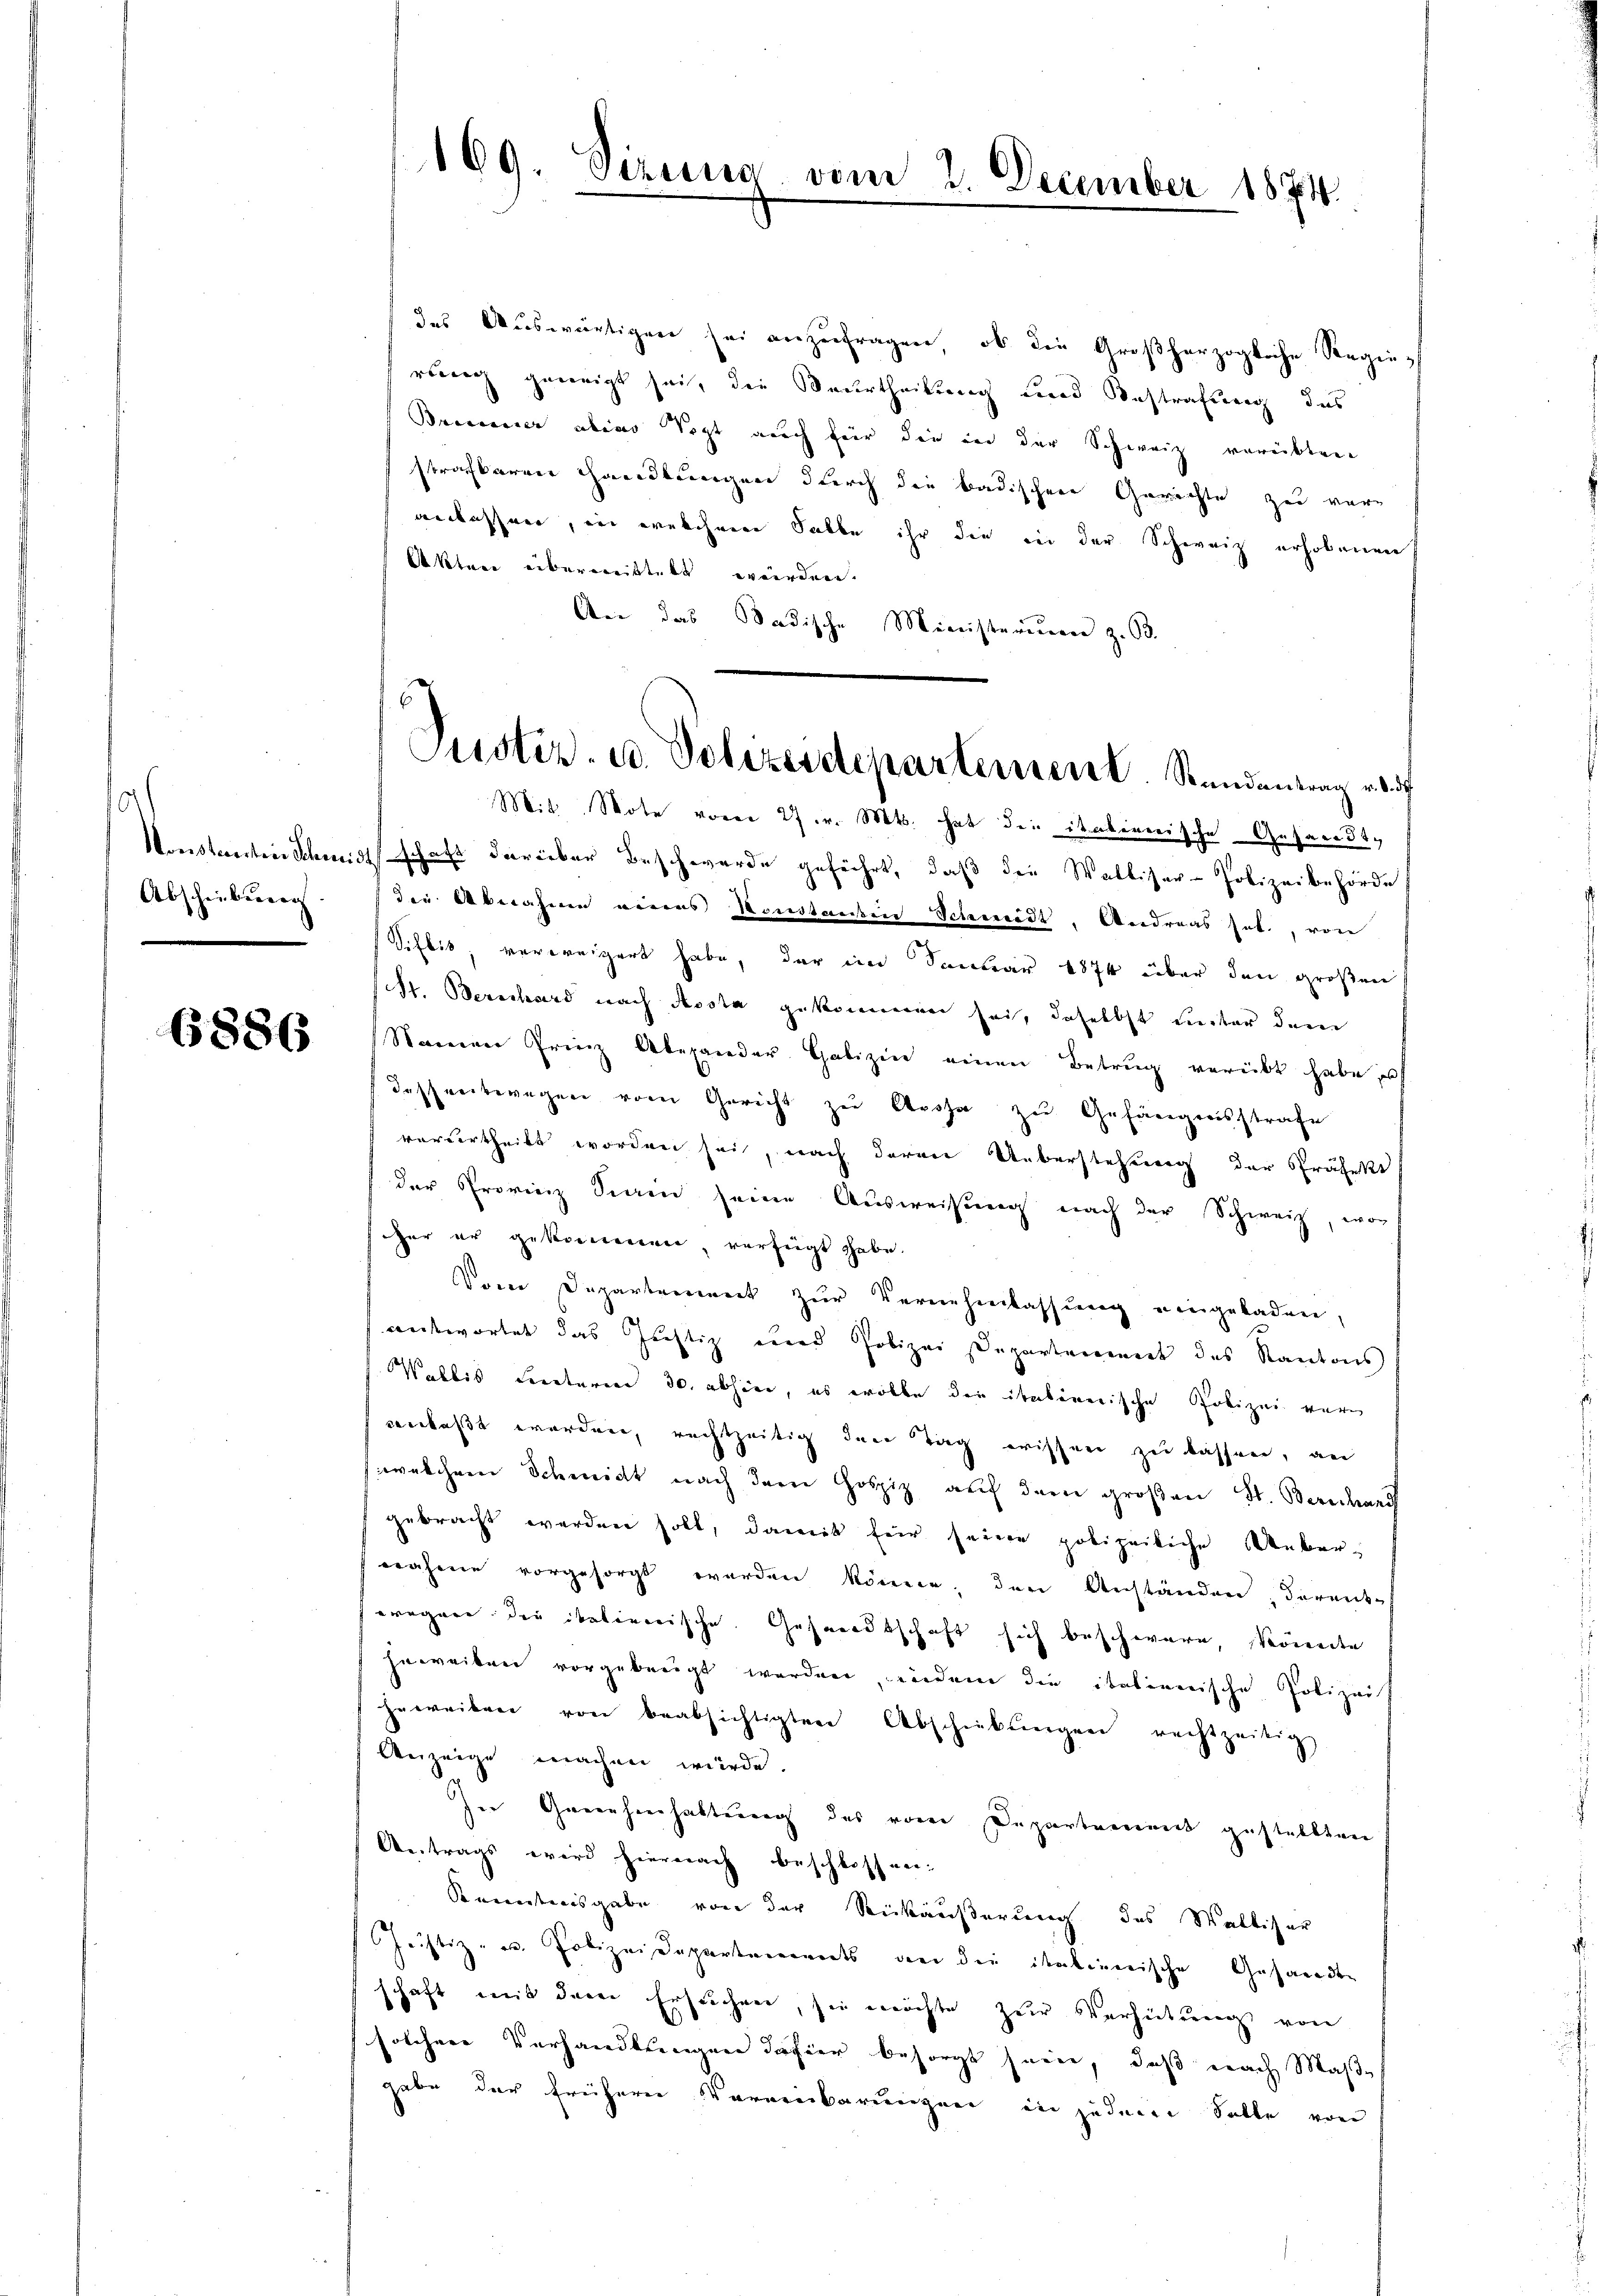
.
Abschiebung

6886

des Auswärtigen sei anzufragen, ob die Großherzogliche Regierewig geneigt sei, die Beurtheilung und Bestrafung des
Brenner alias Vogt auch für die in der Schweiz verübten
strafbaren Handlungen durch die badischen Gerichte zu veranlassen, in welchem Salbe ihr die in der Schweiz erhobenen
Akten überweittelt werden.
An das Badische Ministerium z. B.
Mit Note vom 27. v. Mts. hat die italienische Gesandt¬
Konstanten Schmidt schaft darüber Beschwerde geführt, daß die Walliser- Polizeibehörde
die Abnahme eines Konstanten Schneidt, Andreas hol., von
Sifbis, verweigert habe, der im Januar 1874 über den großen
(St. Berechard nach Aosta gekommen sei, daselbst unter dem
Namen Frinz Abegander Galizin einen Betrug verübt habe, u
deschreitwegen vom Gericht zu Arosa zu Gefängensstrafe
vordertheilt worden sei, nach deren Ueberstehung der Präfekt
der Provinz Sinen seine Ausweisung nach der Schweiz, wor
her er gekommen, verfügt habe.
Vom Departement zur Vernehmlassung eingeladen,
antwortet das Justiz und Polizei Departement des Kantons
Wallis Beraturen 30. abhier, es wolle die italienische Polizei war
venlaßt worden, rechtzeitig der Tag wissen zu lassen, an
(welchem Schmidt nach dem Gospiz auf dem großen St. Bericharf
gebracht werden soll, damit für seine polizeiliche Uebernahme vorgesorgt werden könne, den Anständen, darant-
wregare die italienische Gesandtschaft sich beschwere, könnte
heweiten vorgebeugt werden, indem die italienische Polizei
heweiben von beabsichtigten Abschiebungen rechtzeitig
Verzeige machen würde.
In Genehmhaltung des vom Departement gestellten
Antrags wird hiernach beschlossen:
Kenntnisgabe von der Rückäußerung des Walliser
Justiz- u. Polizeidepartements an die italienische Gesandten
schaft mit der Ersuchen, sie möchte zur Verhütung von
solcher Verhandlungen dahier besorgt sein, daß nach Maße
gabe der frühere Verweinbarungen in jedene Solle von

169. Siruus

2. December 1874.

Justiz- u. Polizeidepartement. Standentrag u. is